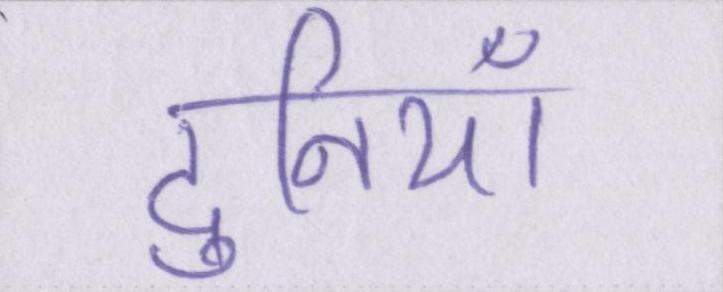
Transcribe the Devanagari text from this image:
दुनियाँ